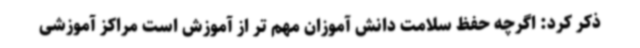
ذکر کرد: اگرچه حفظ سلامت دانش آموزان مهم تر از آموزش است مراکز آموزشی